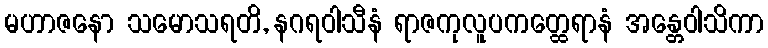
မဟာဇနော သမောသရတိ, နဂရဝါသီနံ ရာဇကုလူပကတ္ထေရာနံ အန္တေဝါသိကာ